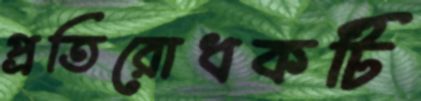
প্রতিরোধকটি